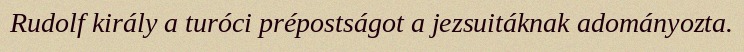
Rudolf király a turóci prépostságot a jezsuitáknak adományozta.